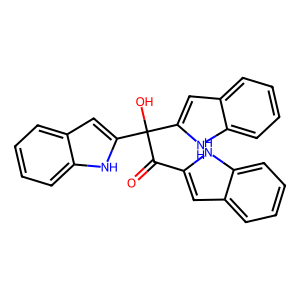
SMILES: O=C(c1cc2ccccc2[nH]1)C(O)(c1cc2ccccc2[nH]1)c1cc2ccccc2[nH]1
Inhibits HIV replication: No